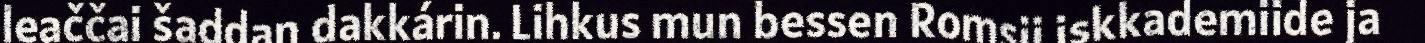
leaččai šaddan dakkárin. Lihkus mun bessen Romsii iskkademiide ja